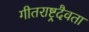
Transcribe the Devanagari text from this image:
गीतराष्ट्रदैवता